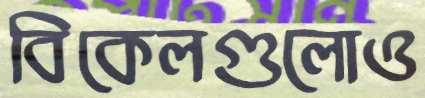
বিকেলগুলোও